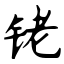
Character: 铑